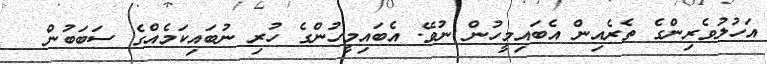
އަހުލުވެރިންގެ ތެރެއިން އެބައިމީހުން ނުވޭ. އެބައިމީހުންގެ ހުރި ނުބައިކަމެއްގެ ސަބަބުން